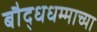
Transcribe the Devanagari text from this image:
बौद्धधम्माच्या